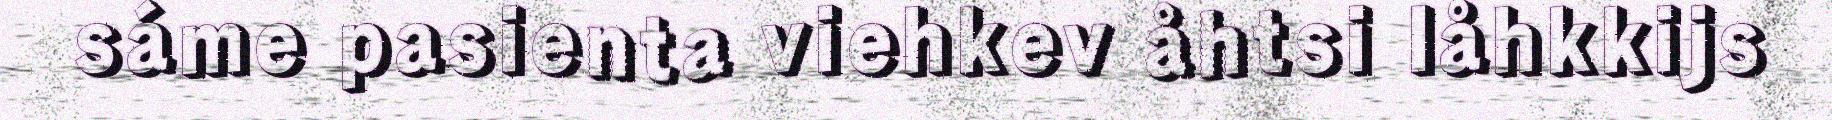
sáme pasienta viehkev åhtsi låhkkijs